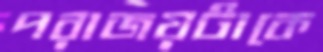
পরাজয়টাকে